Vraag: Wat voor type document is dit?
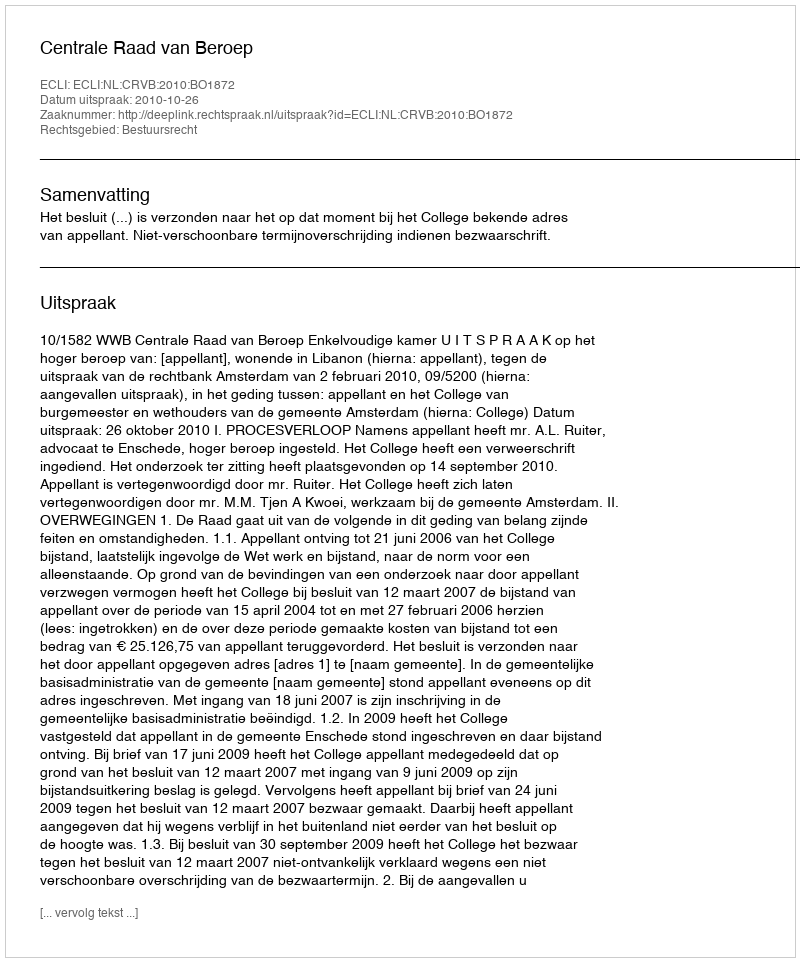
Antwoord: Uitspraak